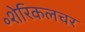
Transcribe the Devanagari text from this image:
॰शेरिकलचर